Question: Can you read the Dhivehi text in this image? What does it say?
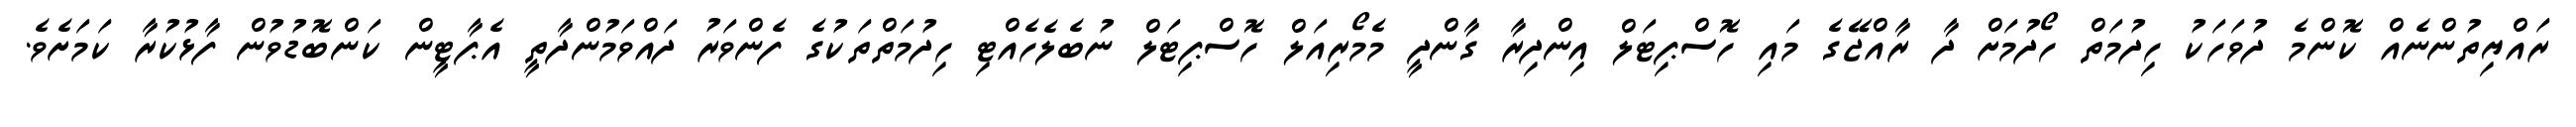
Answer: ރައްޔިތުންނެއް ކޮންމެ ދުވަހަކު ހިދުމަތް ހޯދުމަށް ދާ ރާއްޖޭގެ މައި ހޮސްޕިޓަލް އިންދިރާ ގާންދީ މެމޯރިއަލް ހޮސްޕިޓަލް ނުބެލެހެއްޓި ހިދުމަތްތަކުގެ ފެންވަރު ދައްވަމުންދާތީ އެޕާޓީން ކަންބޮޑުވުން ފާޅުކުރާ ކަމަށެވެ.